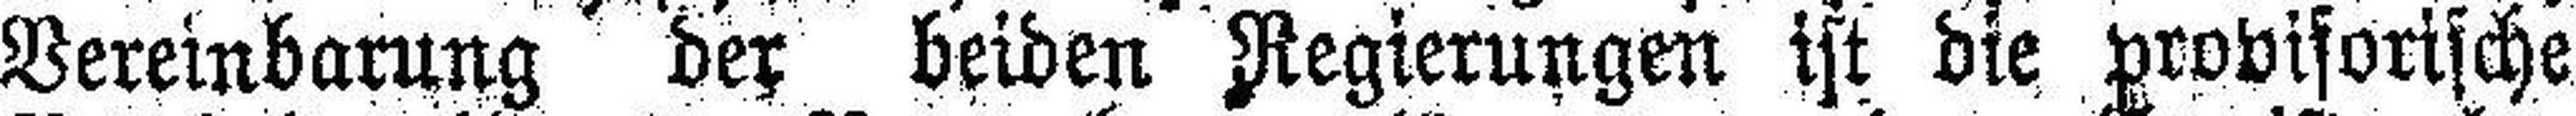
Vereinbarung der beiden Regierungen ist die provisorische